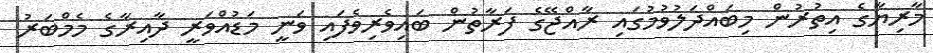
މާރިޔާގެ އިތުރުން މިބައްދަލުވުމުގައި ރާއްޖޭގެ ފަރާތުން ބައިވެރިވެފައި ވަނީ މަޑުއްވަރީ ދާއިރާގެ މެމްބަރު